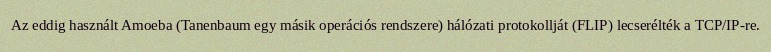
Az eddig használt Amoeba (Tanenbaum egy másik operációs rendszere) hálózati protokollját (FLIP) lecserélték a TCP/IP-re.